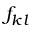
{ f _ { k l } }